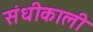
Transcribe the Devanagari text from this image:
संधीकाली